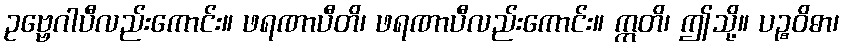
ဥဗ္ဗေဂါပီလည်းကောင်း။ ဖရဏာပီတိ၊ ဖရဏာပီလည်းကောင်း။ ဣတိ၊ ဤသို့။ ပဉ္စဝိဓာ၊